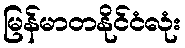
မြန်မာတနိုင်ငံလုံး